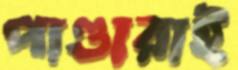
পাণ্ডারাই